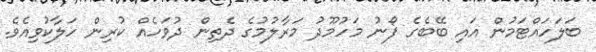
ބަލަހައްޓަމުން އައި ބޭބެގެ ފޯނު މަހުމޫދު މަރާލުމުގެ ދެތިން ދުވަހެއް ކުރިން ހަލާކުވިއެވެ.